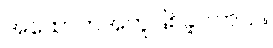
အထောက်အကူဖြစ်ခဲ့ပါတယ်။